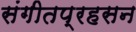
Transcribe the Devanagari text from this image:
संगीतप्रहसन